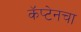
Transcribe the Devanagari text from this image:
कॅप्टेनचा